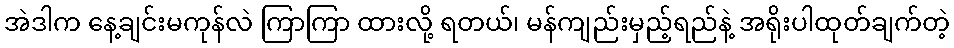
အဲဒါက နေ့ချင်းမကုန်လဲ ကြာကြာ ထားလို့ ရတယ်၊ မန်ကျည်းမှည့်ရည်နဲ့ အရိုးပါထုတ်ချက်တဲ့